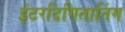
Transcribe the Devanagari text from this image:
इंटरदिगितातिंग